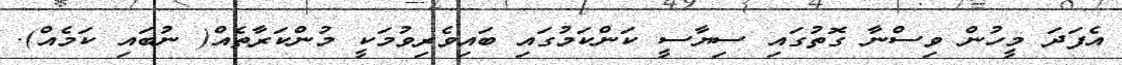
އެފަދަ މީހުން ވިސްނާ ގޮތުގައި ސިޔާސީ ކަންކަމުގައި ބައިވެރިވުމަކީ މުންކަރާތެއް( ނުބައި ކަމެއް).